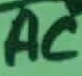
Text: AC